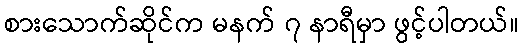
စားသောက်ဆိုင်က မနက် ၇ နာရီမှာ ဖွင့်ပါတယ်။